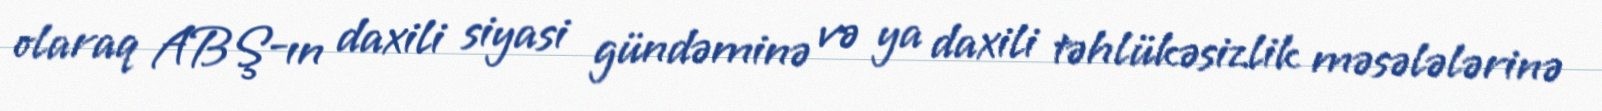
olaraq ABŞ-ın daxili siyasi gündəminə və ya daxili təhlükəsizlik məsələlərinə